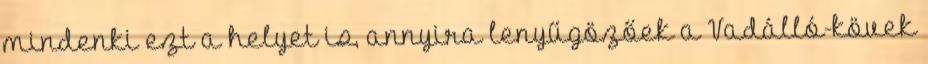
mindenki ezt a helyet is, annyira lenyűgözőek a Vadálló-kövek